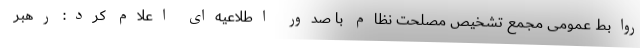
روابط عمومی مجمع تشخیص مصلحت نظام با صدور اطلاعیه‌ای اعلام کرد: رهبر